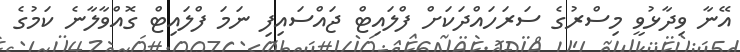
އޭނާ ވިދާޅުވީ މިސްރުގެ ސަރަހައްދަކަށް ފްލައިޓް ޖައްސައިފި ނަމަ ފްލައިޓް ގޮއްވާލާނެ ކަމުގެ